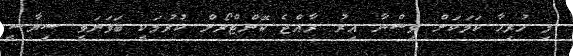
މި ހުރިހާ ކަމަކަށް ވިސްނާ އިރު ރާއްޖެ ކޮންޓްރޯލް ކުރުމަކީ ބަވަނަވީ ސިޔާސީ